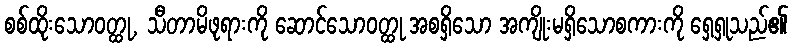
စစ်ထိုးသောဝတ္ထု, သီတာမိဖုရားကို ဆောင်သောဝတ္ထု အစရှိသော အကျိုးမရှိသောစကားကို ရှေ့ရှုသည်၏